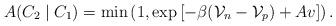
LaTeX: \begin{align*}A(C_2\mid C_1)=\min\left(1,\exp\left[-\beta(\mathcal{V}_{n}-\mathcal{V}_{p})+A v\right] \right).\end{align*}